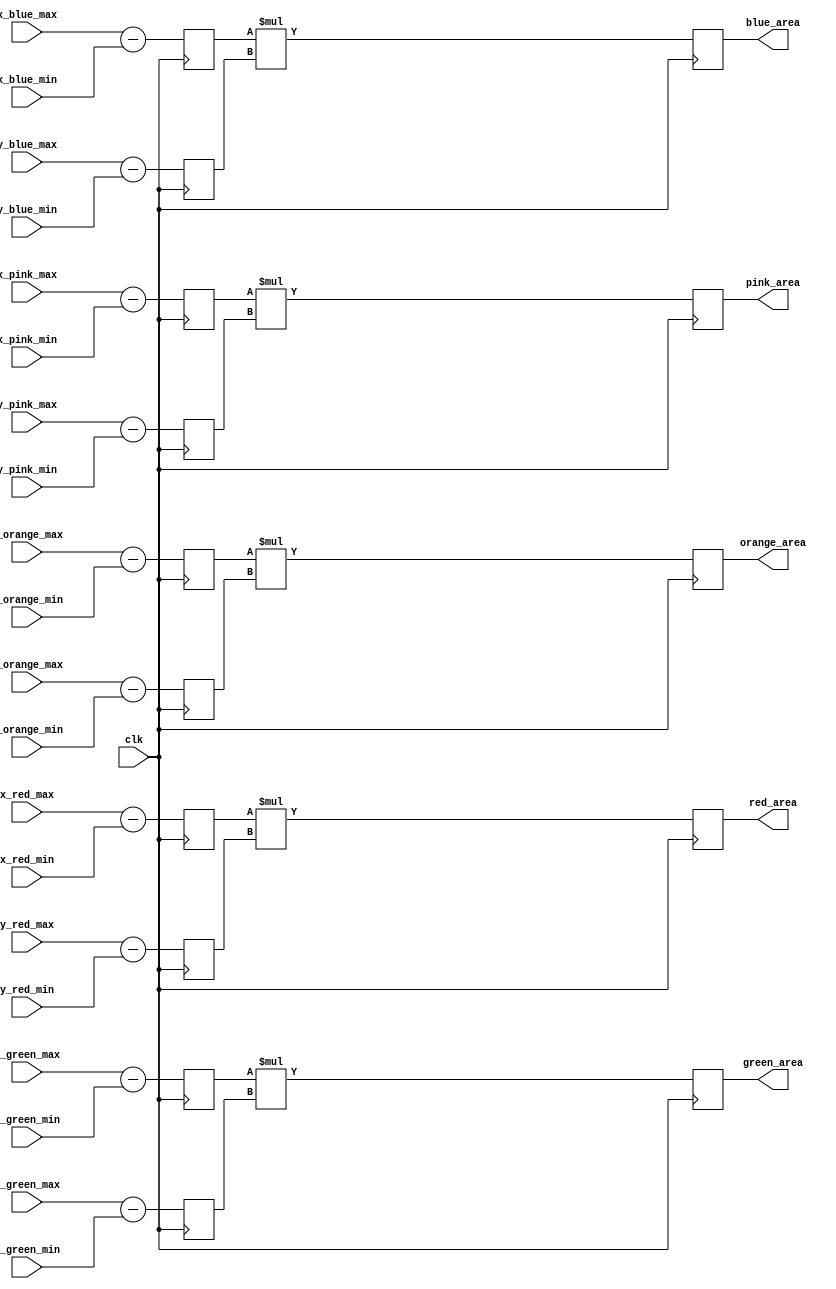
module AREA(
    clk,
    x_red_min,
    x_red_max,
    y_red_min,
    y_red_max,

    x_green_min,
    x_green_max,
    y_green_min,
    y_green_max,

    x_blue_min,
    x_blue_max,
    y_blue_min,
    y_blue_max,

    x_pink_min,
    x_pink_max,
    y_pink_min,
    y_pink_max,

    x_orange_min,
    x_orange_max,
    y_orange_min,
    y_orange_max,
	 
	 red_area,
	 green_area,
	 blue_area,
	 orange_area,
	 pink_area
);

input clk;

input [10:0] x_red_min, x_red_max, y_red_min, y_red_max;
input [10:0] x_green_min, x_green_max, y_green_min, y_green_max;
input [10:0] x_blue_min, x_blue_max, y_blue_min, y_blue_max;
input [10:0] x_pink_min, x_pink_max, y_pink_min, y_pink_max;
input [10:0] x_orange_min, x_orange_max, y_orange_min, y_orange_max;

output reg [15:0] red_area, green_area, blue_area, pink_area, orange_area;

reg [10:0] x_red_diff, y_red_diff, x_green_diff, y_green_diff, x_blue_diff, y_blue_diff;
reg [10:0] x_pink_diff, y_pink_diff, x_orange_diff, y_orange_diff;

always @(posedge clk) begin
    x_red_diff <= x_red_max - x_red_min;
    y_red_diff <= y_red_max - y_red_min;

    x_green_diff <= x_green_max - x_green_min;
    y_green_diff <= y_green_max - y_green_min;

    x_blue_diff <= x_blue_max - x_blue_min;
    y_blue_diff <= y_blue_max - y_blue_min;

    x_pink_diff <= x_pink_max - x_pink_min;
    y_pink_diff <= y_pink_max - y_pink_min;

    x_orange_diff <= x_orange_max - x_orange_min;
    y_orange_diff <= y_orange_max - y_orange_min;
end

always @(negedge clk) begin
    red_area <= x_red_diff * y_red_diff;
    green_area <= x_green_diff * y_green_diff;
    blue_area <= x_blue_diff * y_blue_diff;
    pink_area <= x_pink_diff * y_pink_diff;
    orange_area <= x_orange_diff * y_orange_diff;
end

endmodule